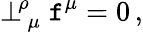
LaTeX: \perp_{\, \mu}^{\! \rho}\mathtt{f}^{\mu}=0\, ,